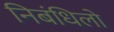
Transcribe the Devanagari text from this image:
निबंधिलो